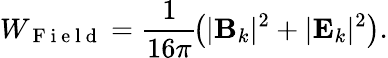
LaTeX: W_{\mathrm{~F~i~e~l~d~}}=\frac{1}{16\pi}\! \left(|\mathbf{{B}}_{k}|^{2}+|\mathbf{{E}}_{k}|^{2}\right).